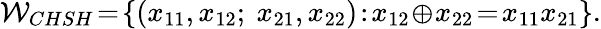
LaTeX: \mathcal{W}_{CHSH}\! =\! \{ (x_{11},x_{12};~x_{21},x_{22})\! :\! x_{12}\! \oplus\! x_{22}\! =\! x_{11}x_{21}\} .